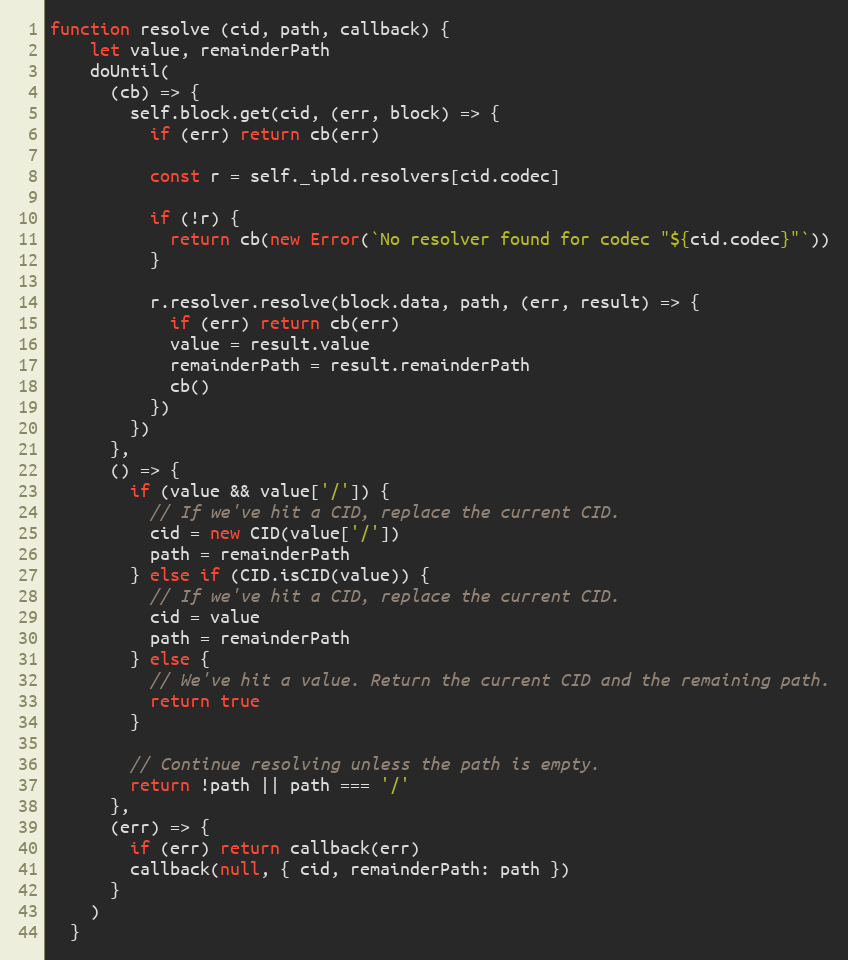
Language: JavaScript
function resolve (cid, path, callback) {
    let value, remainderPath
    doUntil(
      (cb) => {
        self.block.get(cid, (err, block) => {
          if (err) return cb(err)

          const r = self._ipld.resolvers[cid.codec]

          if (!r) {
            return cb(new Error(`No resolver found for codec "${cid.codec}"`))
          }

          r.resolver.resolve(block.data, path, (err, result) => {
            if (err) return cb(err)
            value = result.value
            remainderPath = result.remainderPath
            cb()
          })
        })
      },
      () => {
        if (value && value['/']) {
          // If we've hit a CID, replace the current CID.
          cid = new CID(value['/'])
          path = remainderPath
        } else if (CID.isCID(value)) {
          // If we've hit a CID, replace the current CID.
          cid = value
          path = remainderPath
        } else {
          // We've hit a value. Return the current CID and the remaining path.
          return true
        }

        // Continue resolving unless the path is empty.
        return !path || path === '/'
      },
      (err) => {
        if (err) return callback(err)
        callback(null, { cid, remainderPath: path })
      }
    )
  }